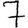
Digit: 7